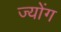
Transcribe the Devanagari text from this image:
ज्योंग